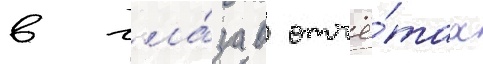
в гла́за в отчё́тах